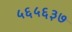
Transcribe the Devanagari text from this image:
५६५६३७